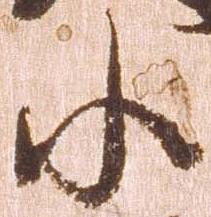
小